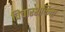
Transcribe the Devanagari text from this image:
विचारशक्तिचा